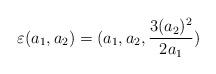
LaTeX: \begin{align*}\varepsilon (a_{1},a_{2})=(a_{1},a_{2},\frac{3(a_{2})^{2}}{2a_{1}})\end{align*}